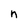
Character: n